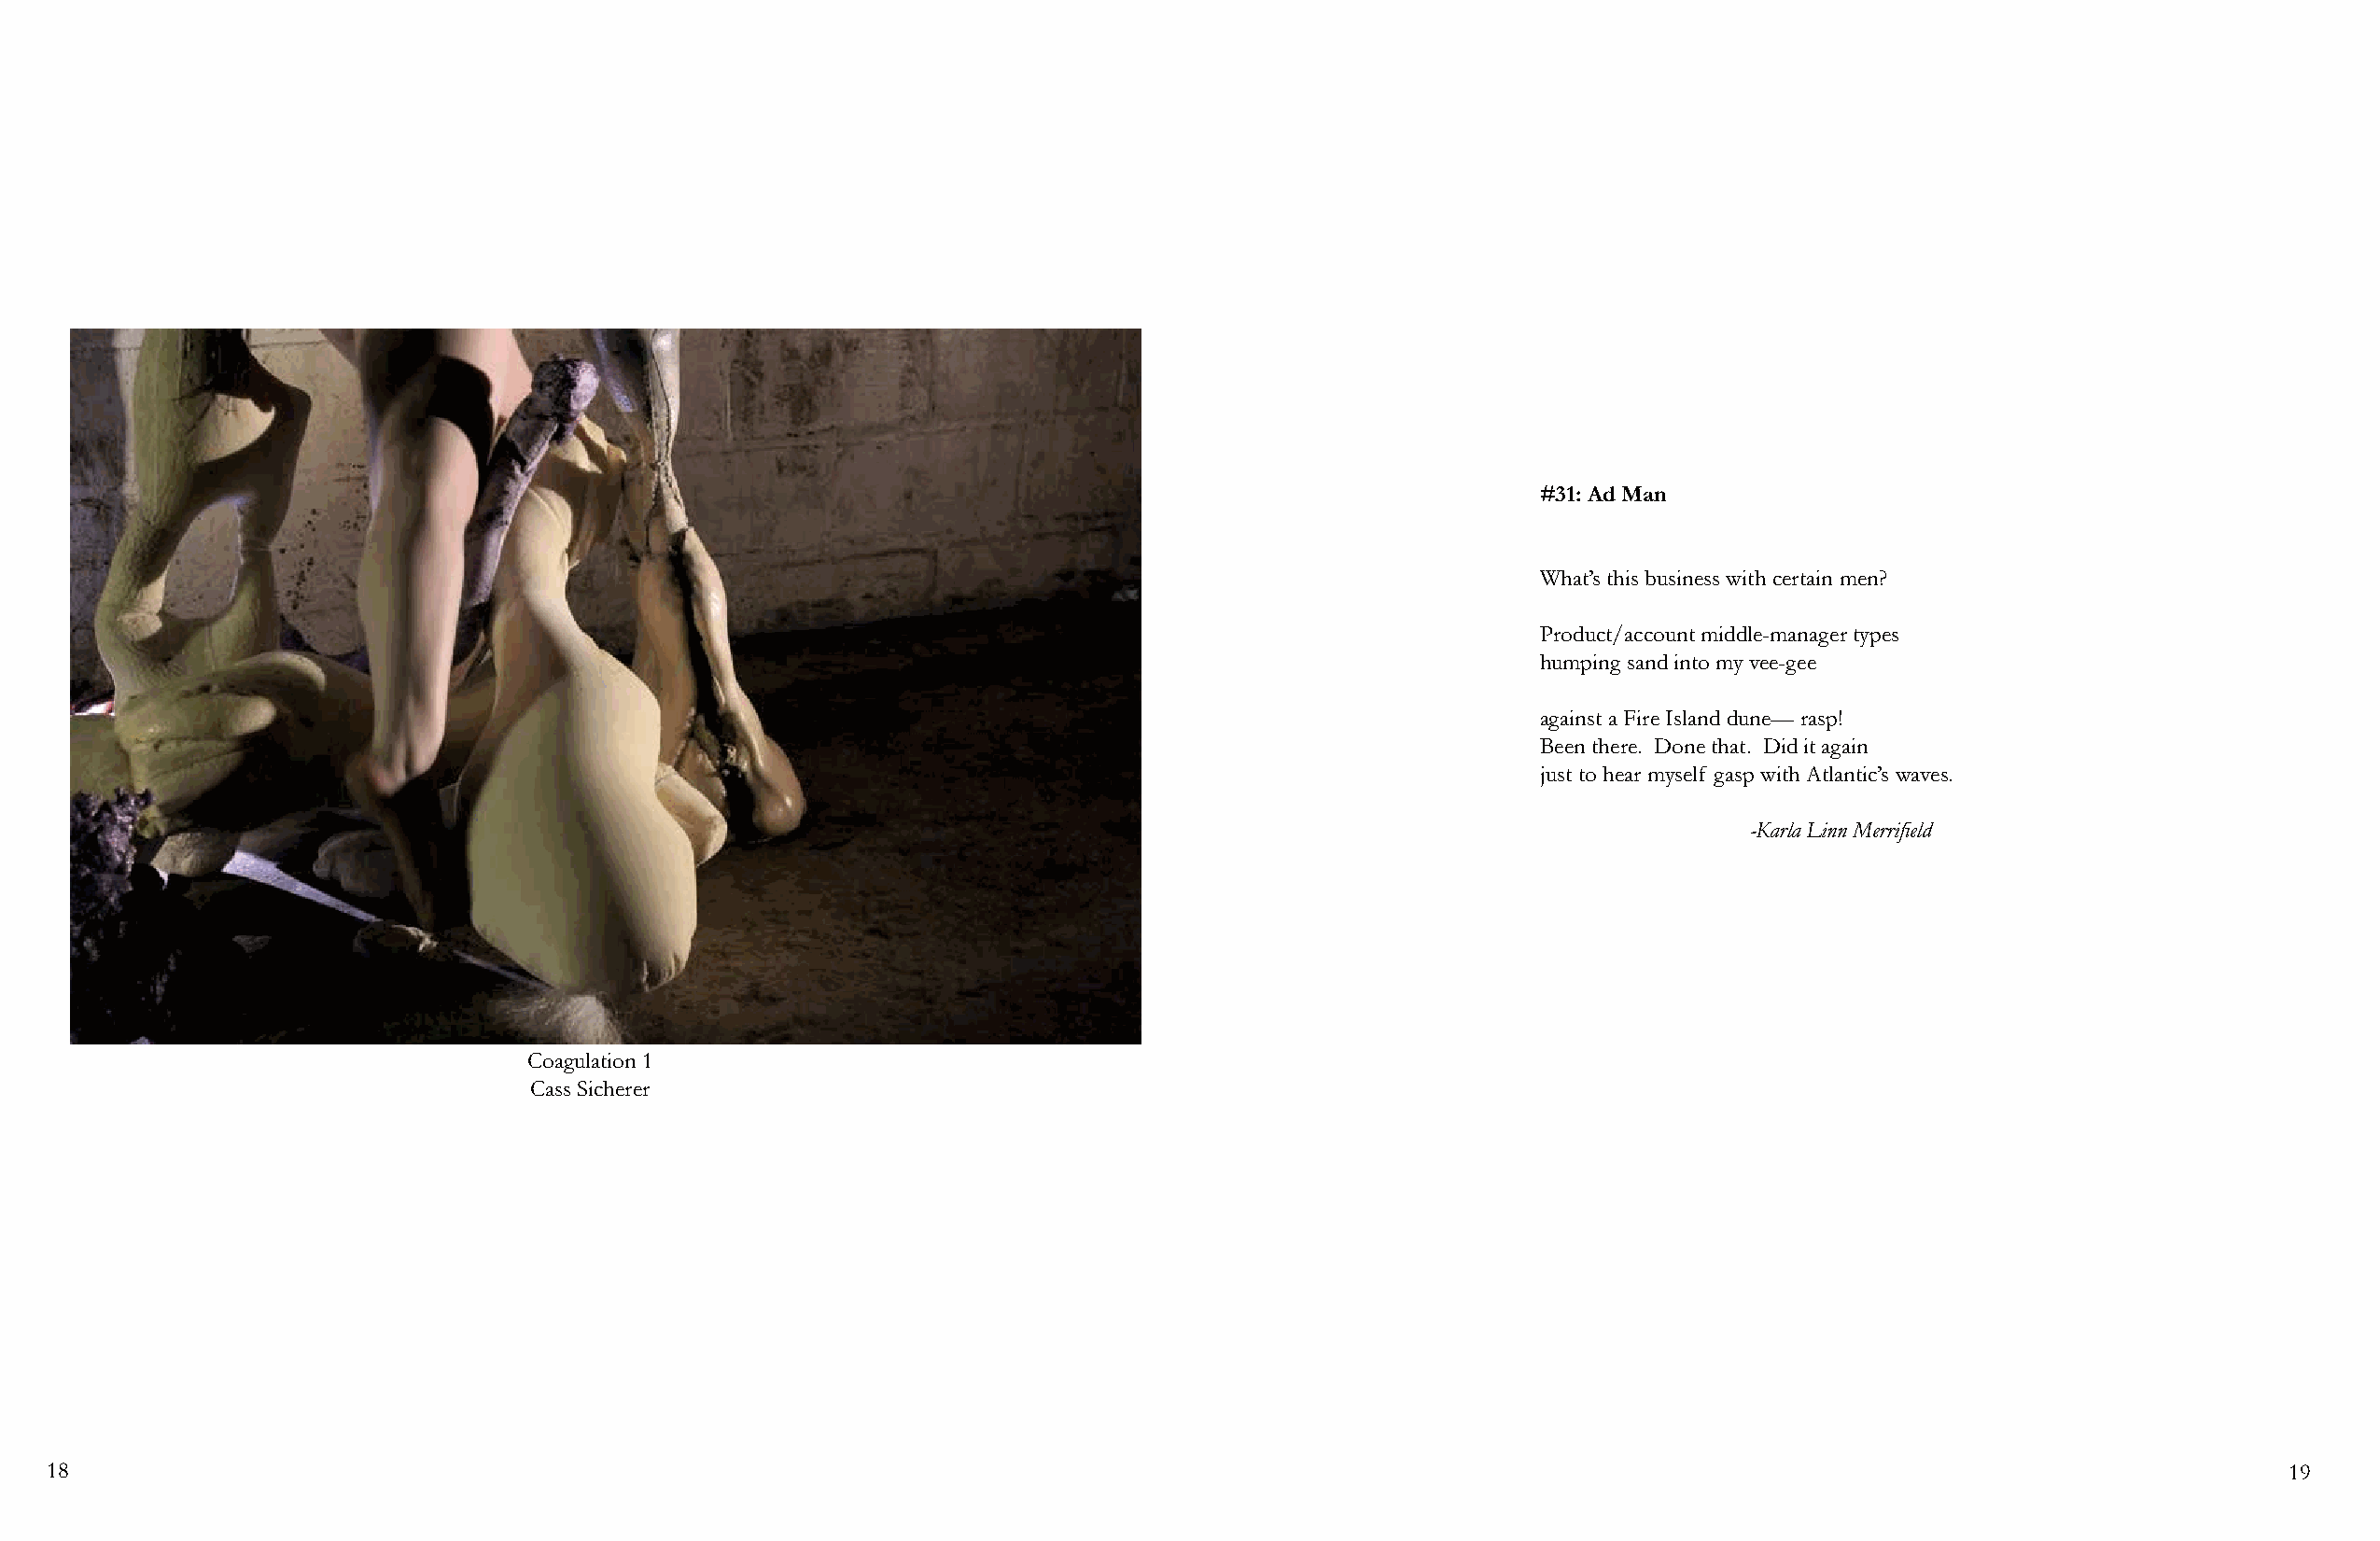
#31: Ad Man
 What’s this business with certain men?
 Product/account middle-manager types
 humping sand into my vee-gee
 against a Fire Island dune— rasp!
 Been there. Done that. Did it again
 just to hear myself gasp with Atlantic’s waves.
 -Karla Linn Merrifield
 Coagulation 1
 Cass Sicherer
 18                                                                                                                                                             19